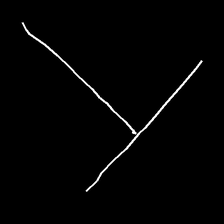
Glyph: column